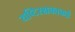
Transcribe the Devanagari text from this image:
यष्टिरक्षकाकडे